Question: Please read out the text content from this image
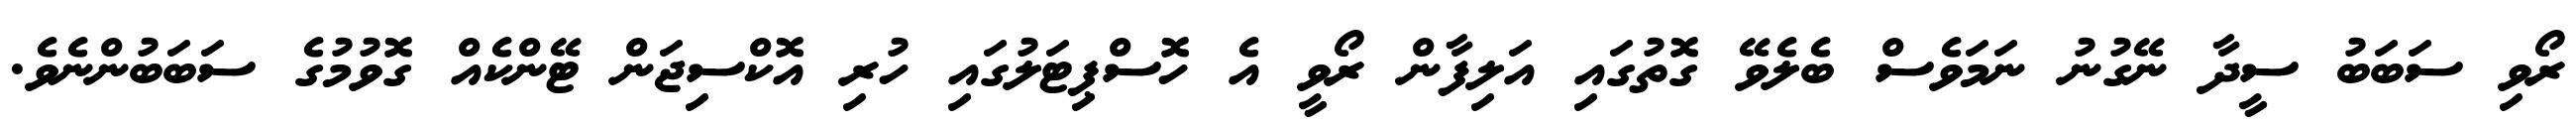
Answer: ރޯވި ސަބަބު ސީދާ ނޭގުނު ނަމަވެސް ބެލެވޭ ގޮތުގައި އަލިފާން ރޯވީ އެ ހޮސްޕިޓަލުގައި ހުރި އޮކްސިޖަން ޓޭންކެއް ގޮވުމުގެ ސަބަބުންނެވެ.